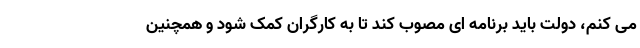
می کنم، دولت باید برنامه ای مصوب کند تا به کارگران کمک شود و همچنین